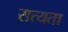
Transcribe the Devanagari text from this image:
सत्‍यता